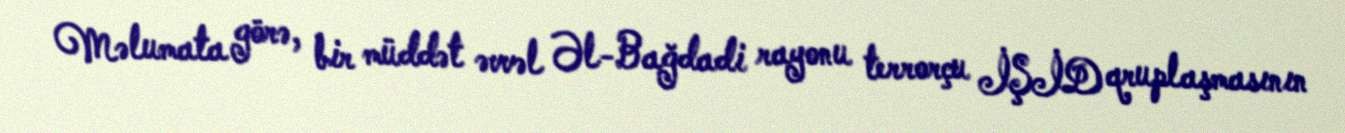
Məlumata görə, bir müddət əvvəl Əl-Bağdadi rayonu terrorçu İŞİD qruplaşmasının